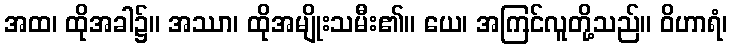
အထ၊ ထိုအခါ၌။ အဿာ၊ ထိုအမျိုးသမီး၏။ ယေ၊ အကြင်လူတို့သည်။ ဝိဟာရံ၊